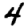
Digit: 4